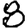
Digit: 8